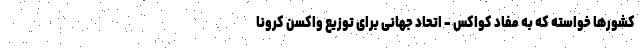
کشورها خواسته که به مفاد کواکس - اتحاد جهانی برای توزیع واکسن کرونا